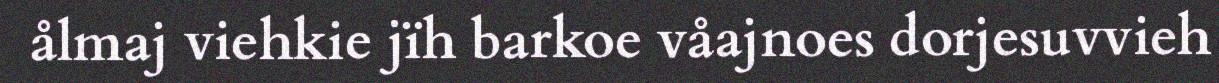
ålmaj viehkie jïh barkoe våajnoes dorjesuvvieh